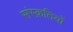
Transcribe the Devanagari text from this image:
संस्क्रतियों